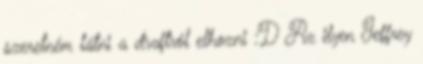
szeretném látni a draftról elhozni :D Az ilyen Jeffrey